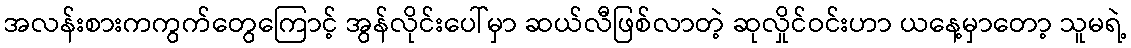
အလန်းစားကကွက်တွေကြောင့် အွန်လိုင်းပေါ်မှာ ဆယ်လီဖြစ်လာတဲ့ ဆုလှိုင်ဝင်းဟာ ယနေ့မှာတော့ သူမရဲ့